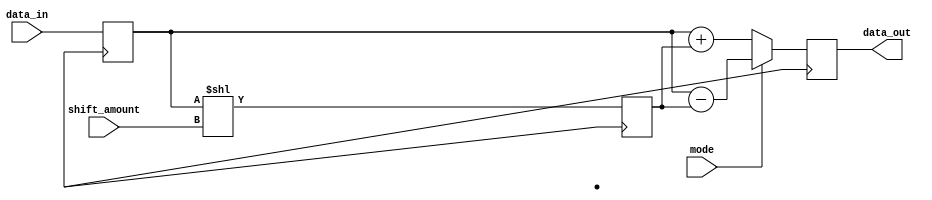
module FixedPointShiftRegister (
    input [7:0] data_in,
    input [2:0] shift_amount,
    input mode, // 0 for addition, 1 for subtraction
    output [7:0] data_out
);

reg [7:0] input_register;
reg [7:0] shift_register;
reg [7:0] output_register;

always @ (posedge clk) begin
    input_register <= data_in;
    
    // Shift data based on shift amount
    shift_register <= input_register << shift_amount; 
    
    // Perform arithmetic operation based on mode
    if (mode == 0) begin
        output_register <= input_register + shift_register;
    end else begin
        output_register <= input_register - shift_register;
    end
end

assign data_out = output_register;

endmodule